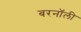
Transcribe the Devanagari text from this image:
बरनॉली